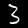
Digit: 3